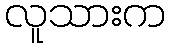
လူသားက